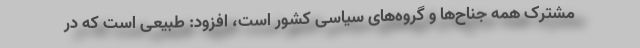
مشترک همه جناح‌ها و گروه‌های سیاسی کشور است، افزود: طبیعی است که در